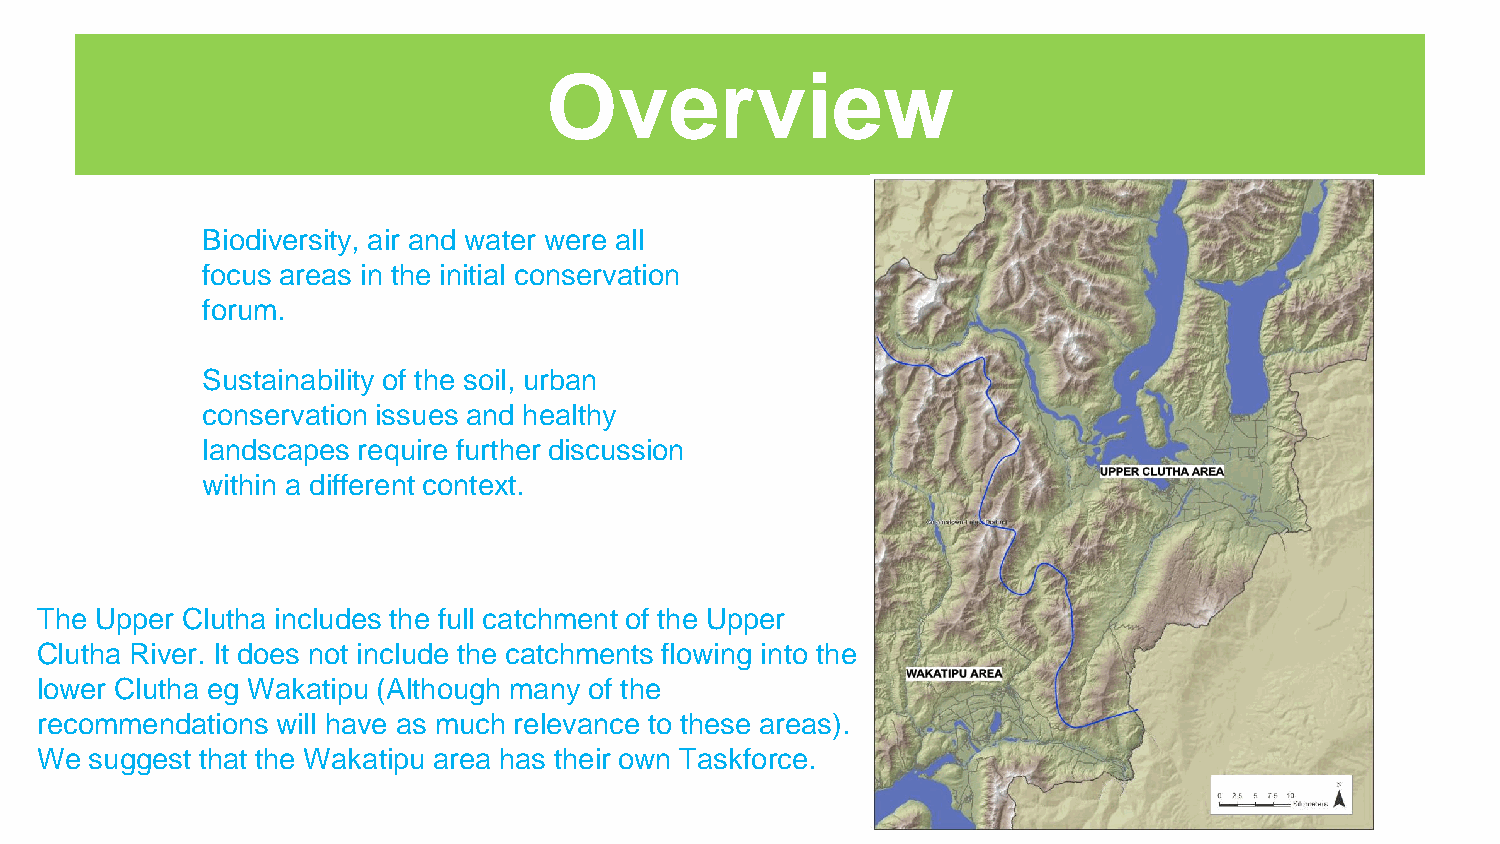
Overview
 Biodiversity, air and water were all
 focus areas in the initial conservation
 forum.
 Sustainability of the soil, urban
 conservation issues and healthy
 landscapes require further discussion
 within a different context.
 The Upper Clutha includes the full catchment of the Upper
 Clutha River. It does not include the catchments flowing into the
 lower Clutha eg Wakatipu (Although many of the
 recommendations will have as much relevance to these areas).
 We  suggest that the Wakatipu area has their own Taskforce.